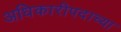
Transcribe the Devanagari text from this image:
अधिकारीपदाच्या